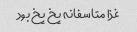
غذا متاسفانه یخ یخ بود